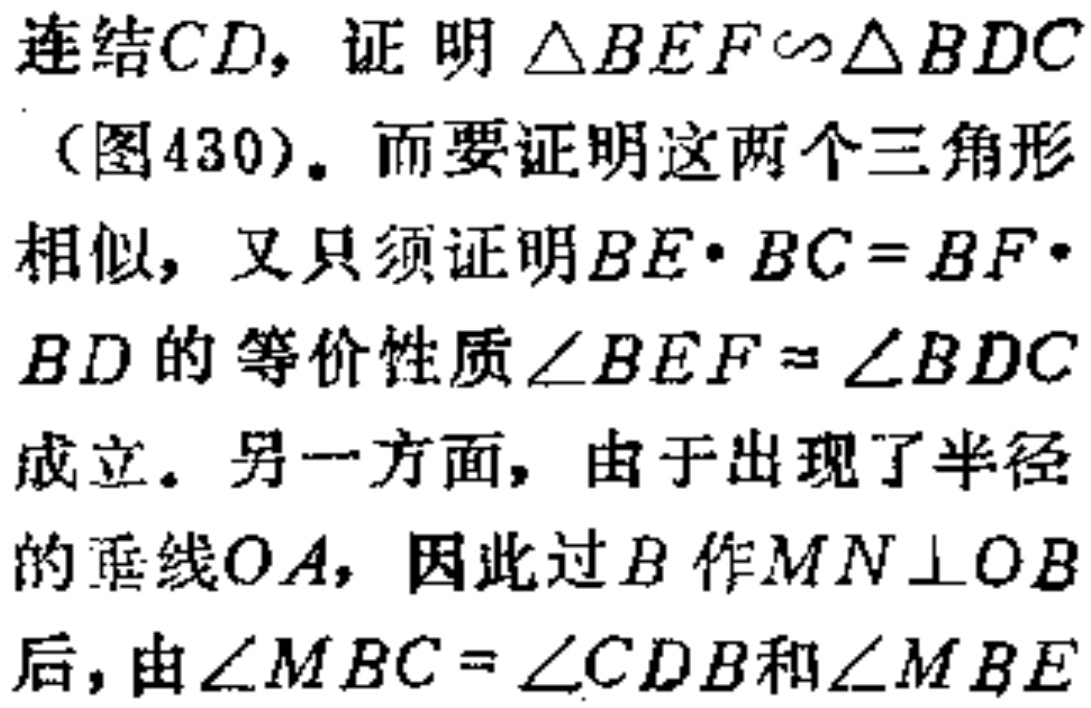
连结$CD$，证明$\triangle BEF\sim\triangle BDC$（图430）。而要证明这两个三角形相似，又只须证明$BE\cdot BC = BF\cdot BD$的等价性质$\angle BEF=\angle BDC$成立。另一方面，由于出现了半径的垂线$OA$，因此过$B$作$MN\perp OB$后，由$\angle MBC = \angle CDB$和$\angle MBE$